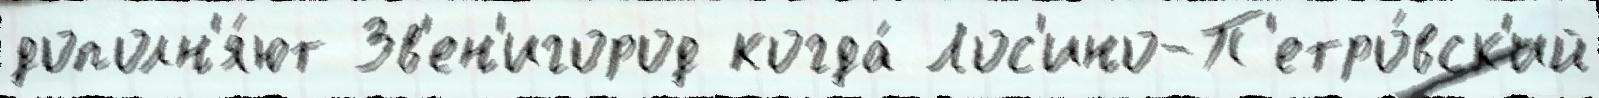
дополн'я́ют Зв'ен'игород когда́ Лос'ино-П'етро́вск'ий